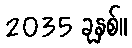
2035 ခုနှစ်။